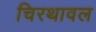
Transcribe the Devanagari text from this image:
चिरथावल